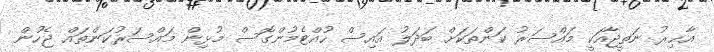
އާޚިރު ނަތީޖާއަކީ މައްސަރު ކަންތަކަށް ބަދަލު އައިސް ހުއްޓެމުންގޮސް މުޅިން މައްސަރުކަންތައް ޖެހުން